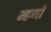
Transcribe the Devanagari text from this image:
म्हणों